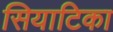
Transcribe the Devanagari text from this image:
सियाटिका